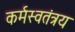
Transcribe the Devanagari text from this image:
कर्मस्वतंत्रय